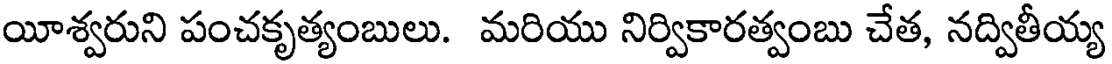
యీశ్వరుని పంచకృత్యంబులు. మరియు నిర్వికారత్వంబు చేత, నద్వితీయ్య